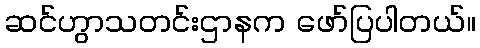
ဆင်ဟွာသတင်းဌာနက ဖော်ပြပါတယ်။